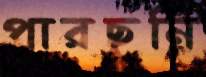
পারছুনি